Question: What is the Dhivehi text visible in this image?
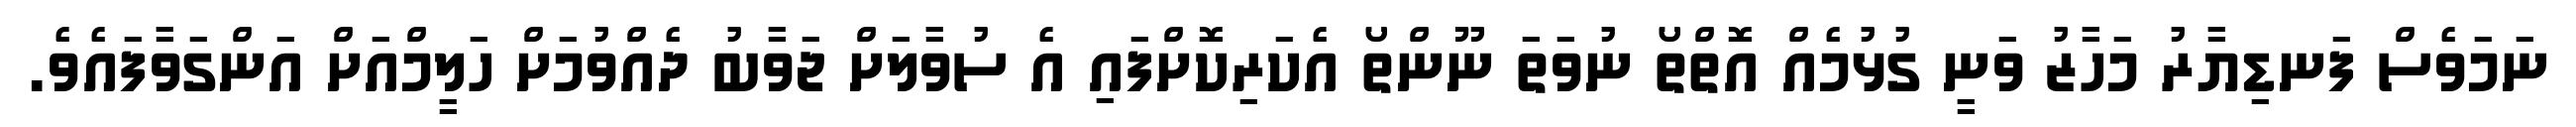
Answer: ނަމަވެސް ފަނޑިޔާރު މަހާޒު ވަނީ ގުޅުމެއް އޮތްތޯ ނުވަތަ ނޫންތޯ އެކަރިކޮށްފައި އެ ސުވާލަށް ޖަވާބު ދެއްވުމަށް ހަލީމްއަށް އަންގަވާފައެވެ.